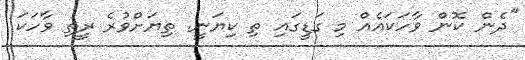
"ދެން ކޮން ވާހަކައެއް މި ގަޑީގައި ތި ކިޔަނީ. ތިޔަށްވުރެ ރީތި ވާހަކަ